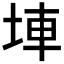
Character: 𡌄